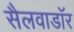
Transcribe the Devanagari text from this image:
सैलवाडॉर